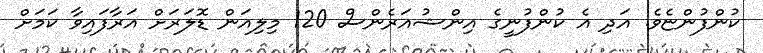
ކުންފުންޏެވެ. އަދި އެ ކުންފުނީގެ އިންޝުއަރެންސް 120 މިލިއަން ޑޮލަރަށް އަރާފައިވާ ކަމަށް